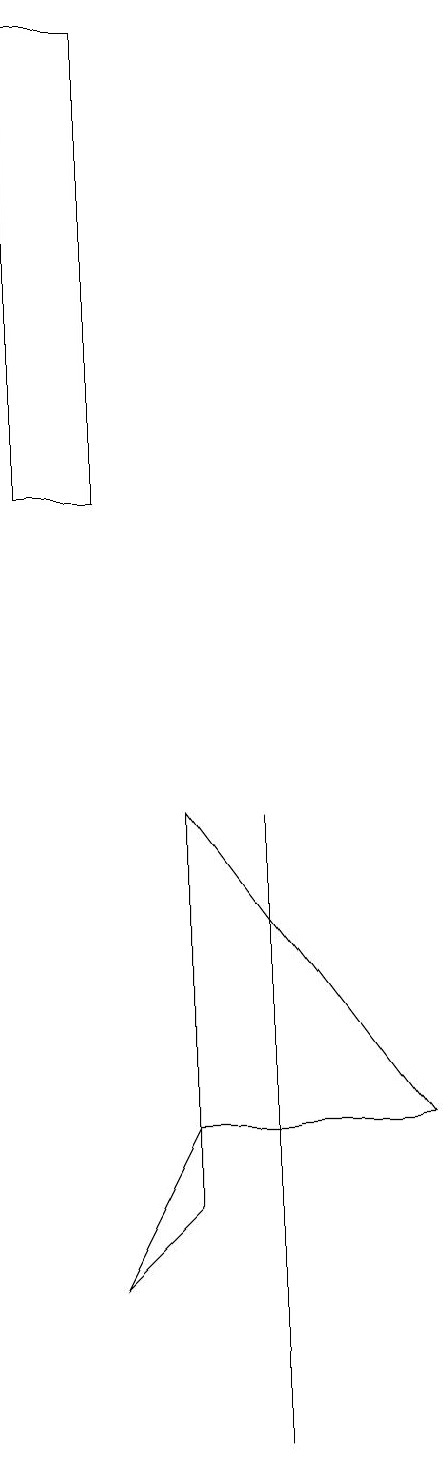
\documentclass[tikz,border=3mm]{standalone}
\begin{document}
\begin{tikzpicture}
\draw (1,19) rectangle (2,13);
\draw (2,3) -- (3,4) -- (3,5) -- cycle;
\draw (6,5) -- (3,9) -- (3,5) -- cycle;
\draw (4,8) -- (4,1) -- (4,9) -- cycle;
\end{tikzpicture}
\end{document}